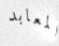
المعابد